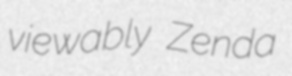
viewably Zenda